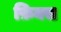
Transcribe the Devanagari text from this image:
फ़िक्स